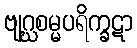
ဗျဂ္ဃစမ္မပရိက္ခဋာ